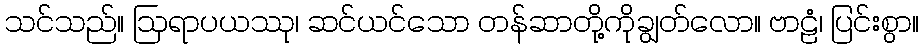
သင်သည်။ ဩရာပယဿု၊ ဆင်ယင်သော တန်ဆာတို့ကိုချွတ်လော။ ဗာဠံ၊ ပြင်းစွာ။